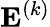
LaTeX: {\mathbf E}^{(k)}